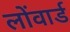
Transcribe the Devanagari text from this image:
लोंवार्ड